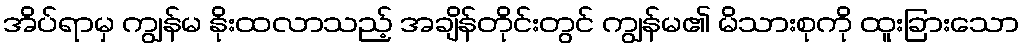
အိပ်ရာမှ ကျွန်မ နိုးထလာသည့် အချိန်တိုင်းတွင် ကျွန်မ၏ မိသားစုကို ထူးခြားသော